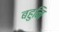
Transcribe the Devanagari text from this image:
बहुनि